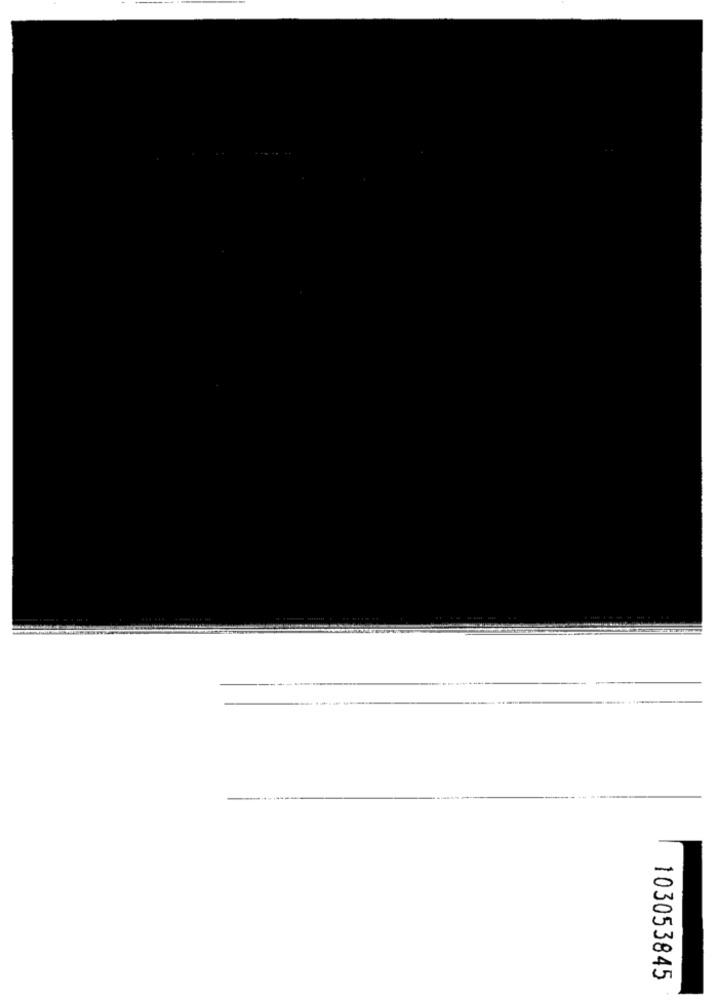
103053845